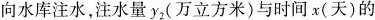
向水库注水，注水量y_{2}(万立方米)与时间x(天)的